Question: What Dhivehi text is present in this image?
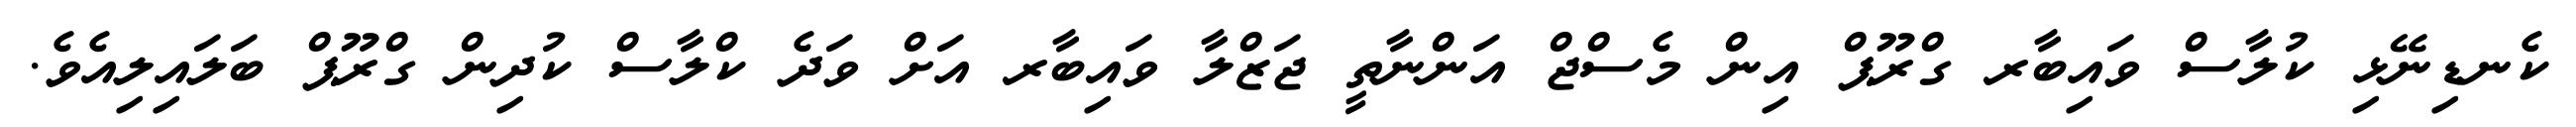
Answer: ކެނޑިނޭޅި ކުލާސް ވައިބާރ ގްރޫޕް އިން މެސްޖް އަންނާތީ ޖަޒްލާ ވައިބާރ އަށް ވަދެ ކްލާސް ކުދިން ގްރޫޕް ބަލައިލިއެވެ.